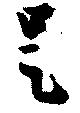
是